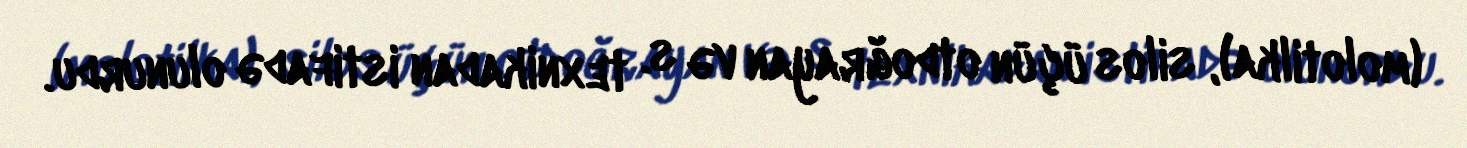
(molotilka), silos üçün otdoğrayan və s. texnikadan istifadə olunurdu.